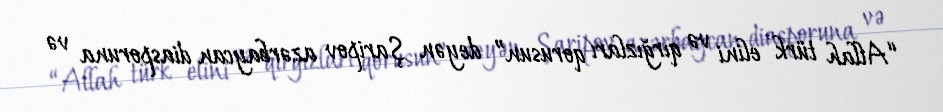
“Allah türk elini və qırğızları qorusun” deyən Şaripov azərbaycan diasporuna və